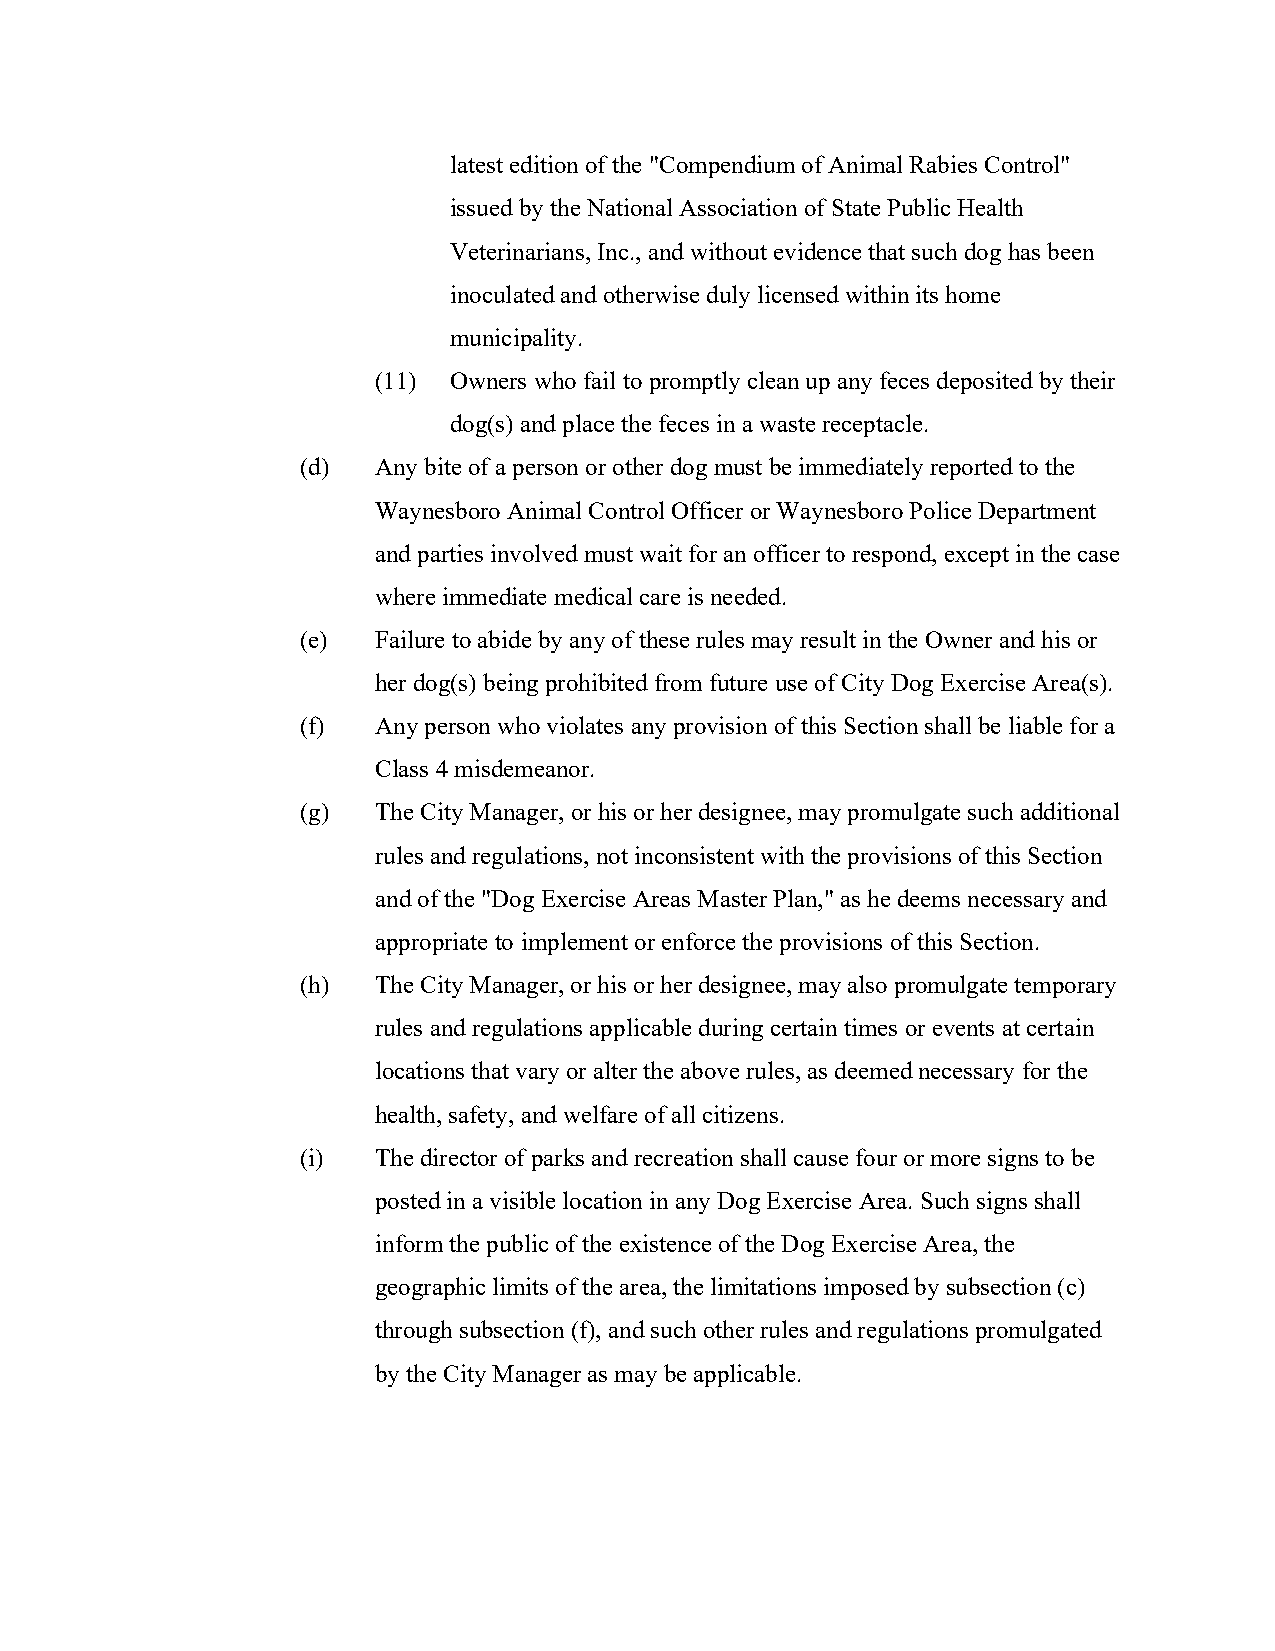
latest edition of the "Compendium of Animal Rabies Control"
 issued by the National Association of State Public Health
 Veterinarians, Inc., and without evidence that such dog has been
 inoculated and otherwise duly licensed within its home
 municipality.
 (11) Owners who fail to promptly clean up any feces deposited by their
 dog(s) and place the feces in a waste receptacle.
 (d)  Any bite of a person or other dog must be immediately reported to the
 Waynesboro Animal Control Officer or Waynesboro Police Department
 and parties involved must wait for an officer to respond, except in the case
 where immediate medical care is needed.
 (e)  Failure to abide by any of these rules may result in the Owner and his or
 her dog(s) being prohibited from future use of City Dog Exercise Area(s).
 (f)  Any person who violates any provision of this Section shall be liable for a
 Class 4 misdemeanor.
 (g)  The City Manager, or his or her designee, may promulgate such additional
 rules and regulations, not inconsistent with the provisions of this Section
 and of the "Dog Exercise Areas Master Plan," as he deems necessary and
 appropriate to implement or enforce the provisions of this Section.
 (h)  The City Manager, or his or her designee, may also promulgate temporary
 rules and regulations applicable during certain times or events at certain
 locations that vary or alter the above rules, as deemed necessary for the
 health, safety, and welfare of all citizens.
 (i)  The director of parks and recreation shall cause four or more signs to be
 posted in a visible location in any Dog Exercise Area. Such signs shall
 inform the public of the existence of the Dog Exercise Area, the
 geographic limits of the area, the limitations imposed by subsection (c)
 through subsection (f), and such other rules and regulations promulgated
 by the City Manager as may be applicable.